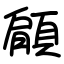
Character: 顅